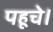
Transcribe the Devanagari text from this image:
पहूचे।